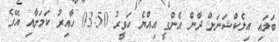
ބަލައި އިލެކްޝަނަށް ދާން އެންގީ އިއްޔެ ހަވީރު 03:50 ހާއިރު ކަމަށާއި އޭގެ